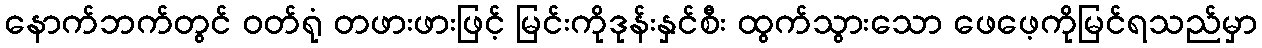
နောက်ဘက်တွင် ဝတ်ရုံ တဖားဖားဖြင့် မြင်းကိုဒုန်းနှင်စီး ထွက်သွားသော ဖေဖေ့ကိုမြင်ရသည်မှာ